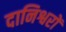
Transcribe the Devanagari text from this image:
दानिश्वरों